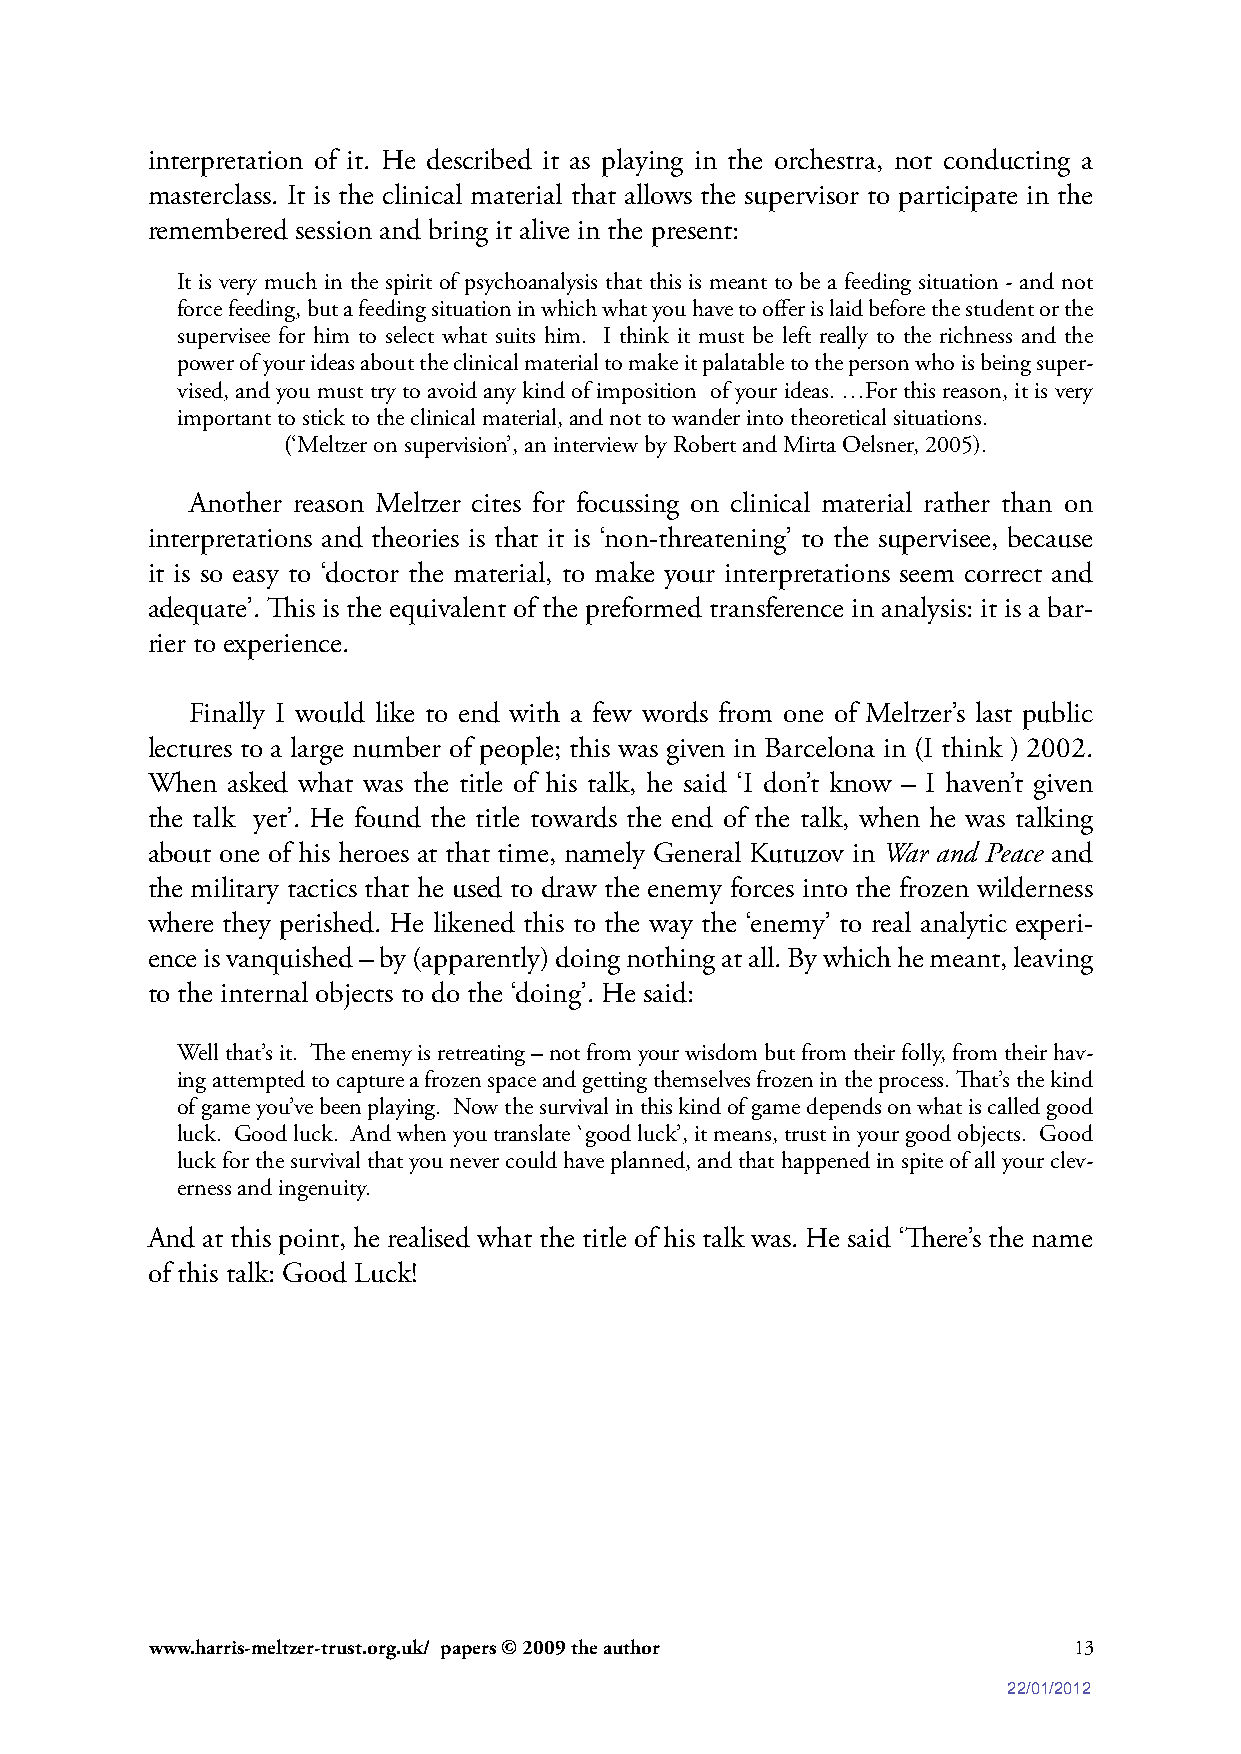
interpretation of it. He described it as playing in the orchestra, not conducting a
 masterclass. It is the clinical material that allows the supervisor to participate in the
 remembered session and bring it alive in the present:
 It is very much in the spirit of psychoanalysis that this is meant to be a feeding situation - and not
 force feeding, but a feeding situation in which what you have to offer is laid before the student or the
 supervisee for him to select what suits him. I think it must be left really to the richness and the
 power of your ideas about the clinical material to make it palatable to the person who is being super-
 vised, and you must try to avoid any kind of imposition of your ideas. …For this reason, it is very
 important to stick to the clinical material, and not to wander into theoretical situations.
 (‘Meltzer on supervision’, an interview by Robert and Mirta Oelsner, 2005).
 Another reason Meltzer cites for focussing on clinical material rather than on
 interpretations and theories is that it is ‘non-threatening’ to the supervisee, because
 it is so easy to ‘doctor the material, to make your interpretations seem correct and
 adequate’. This is the equivalent of the preformed transference in analysis: it is a bar-
 rier to experience.
 Finally I would like to end with a few words from one of Meltzer’s last public
 lectures to a large number of people; this was given in Barcelona in (I think ) 2002.
 When asked what was the title of his talk, he said ‘I don’t know – I haven’t given
 the talk yet’. He found the title towards the end of the talk, when he was talking
 about one of his heroes at that time, namely General Kutuzov in War and Peace and
 the military tactics that he used to draw the enemy forces into the frozen wilderness
 where they perished. He likened this to the way the ‘enemy’ to real analytic experi-
 ence is vanquished – by (apparently) doing nothing at all. By which he meant, leaving
 to the internal objects to do the ‘doing’. He said:
 Well that’s it. The enemy is retreating – not from your wisdom but from their folly, from their hav-
 ing attempted to capture a frozen space and getting themselves frozen in the process. That’s the kind
 of game you’ve been playing. Now the survival in this kind of game depends on what is called good
 luck. Good luck. And when you translate `good luck’, it means, trust in your good objects. Good
 luck for the survival that you never could have planned, and that happened in spite of all your clev-
 erness and ingenuity.
 And at this point, he realised what the title of his talk was. He said ‘There’s the name
 of this talk: Good Luck!
 www.harris-meltzer-trust.org.uk/ papers © 2009 the author    13
 22/01/2012